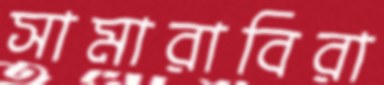
সামারাবিরা